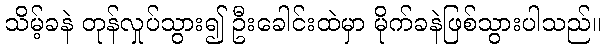
သိမ့်ခနဲ တုန်လှုပ်သွား၍ ဦးခေါင်းထဲမှာ မိုက်ခနဲဖြစ်သွားပါသည်။